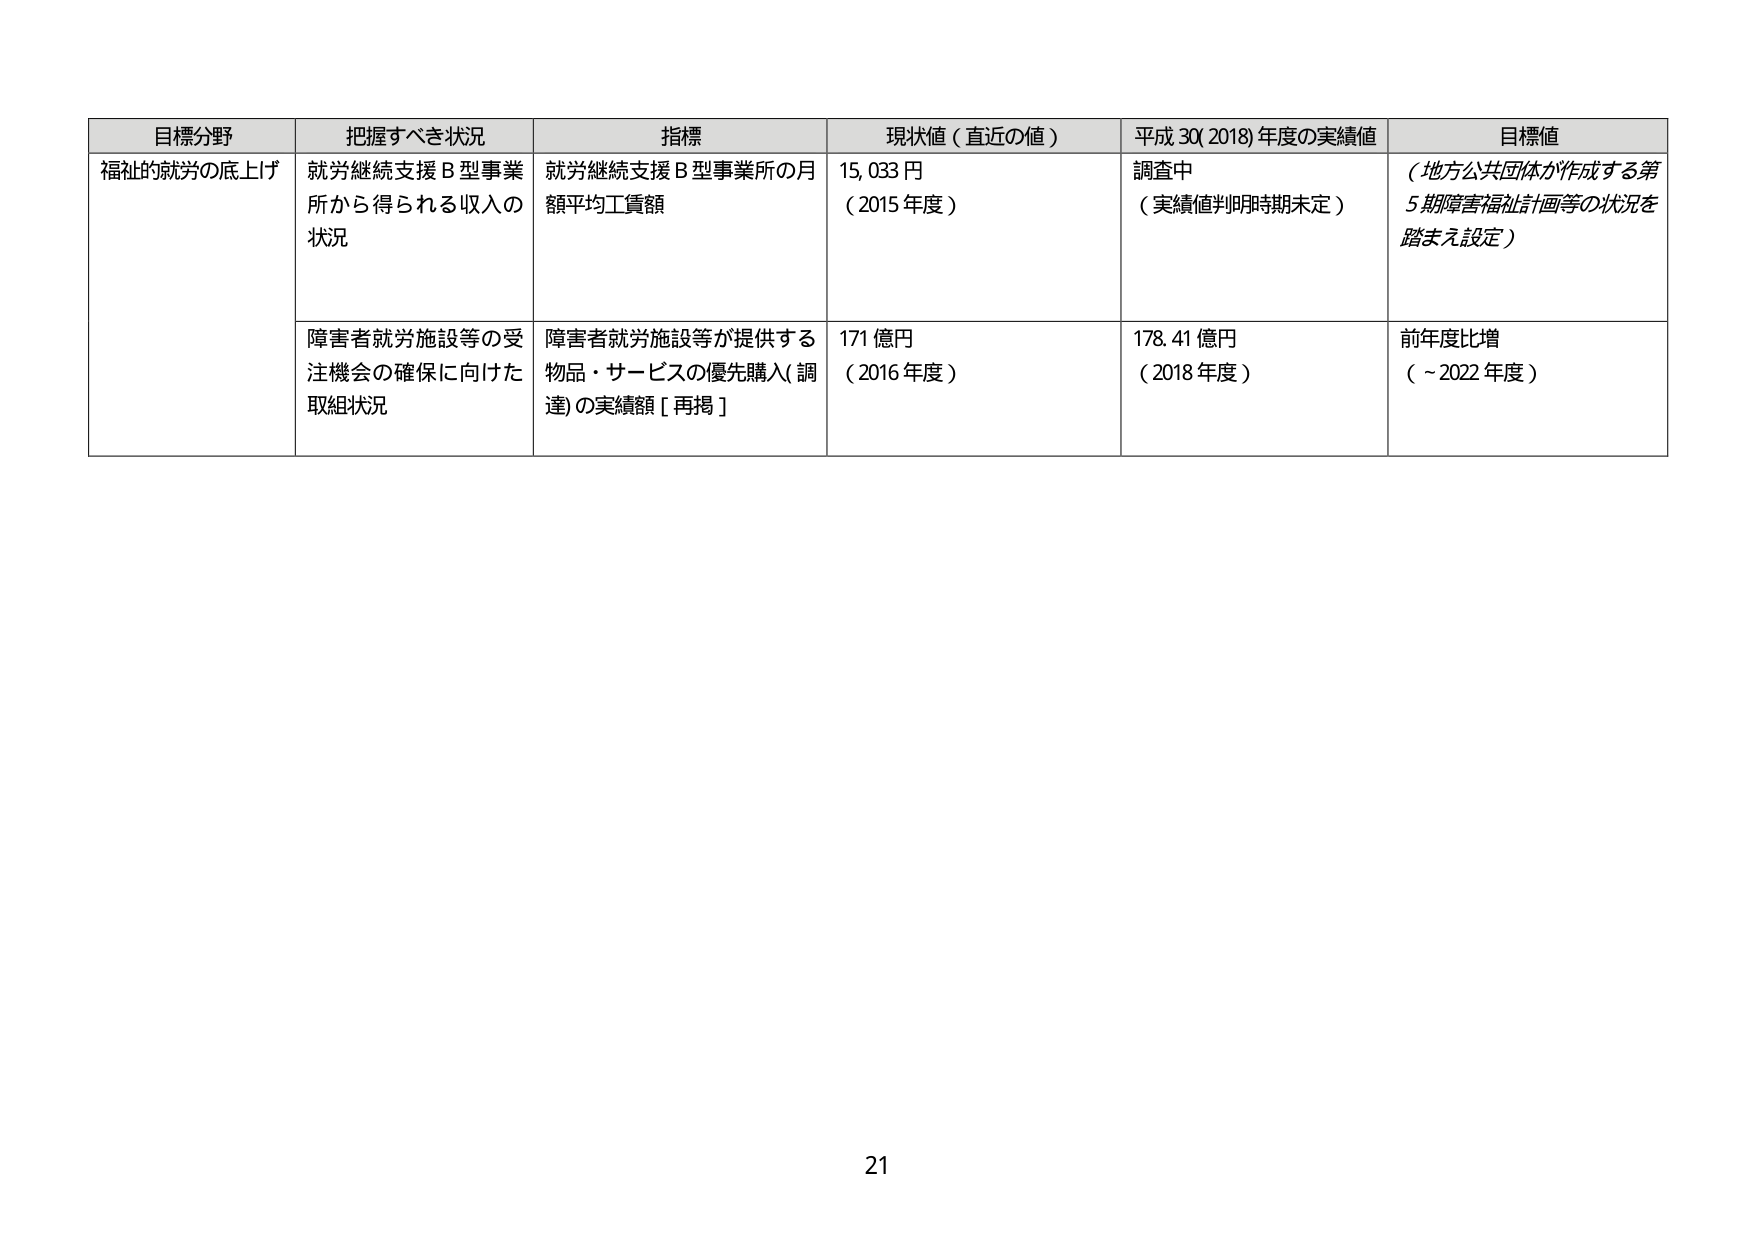
目標分野　把握すべき状況　指標　現状値（直近の値）　平成30(2018)年度の実績値　目標値
福祉的就労の底上げ　就労継続支援B型事業所から得られる収入の状況　就労継続支援B型事業所の月額平均工賃額　15,033円（2015年度）　調査中（実績値判明時期未定）　（地方公共団体が作成する第5期障害福祉計画等の状況を踏まえ設定）
　　障害者就労施設等の受注機会の確保に向けた取組状況　障害者就労施設等が提供する物品・サービスの優先購入(調達)の実績額[再掲]　171億円（2016年度）　178.41億円（2018年度）　前年度比増（～2022年度）
21